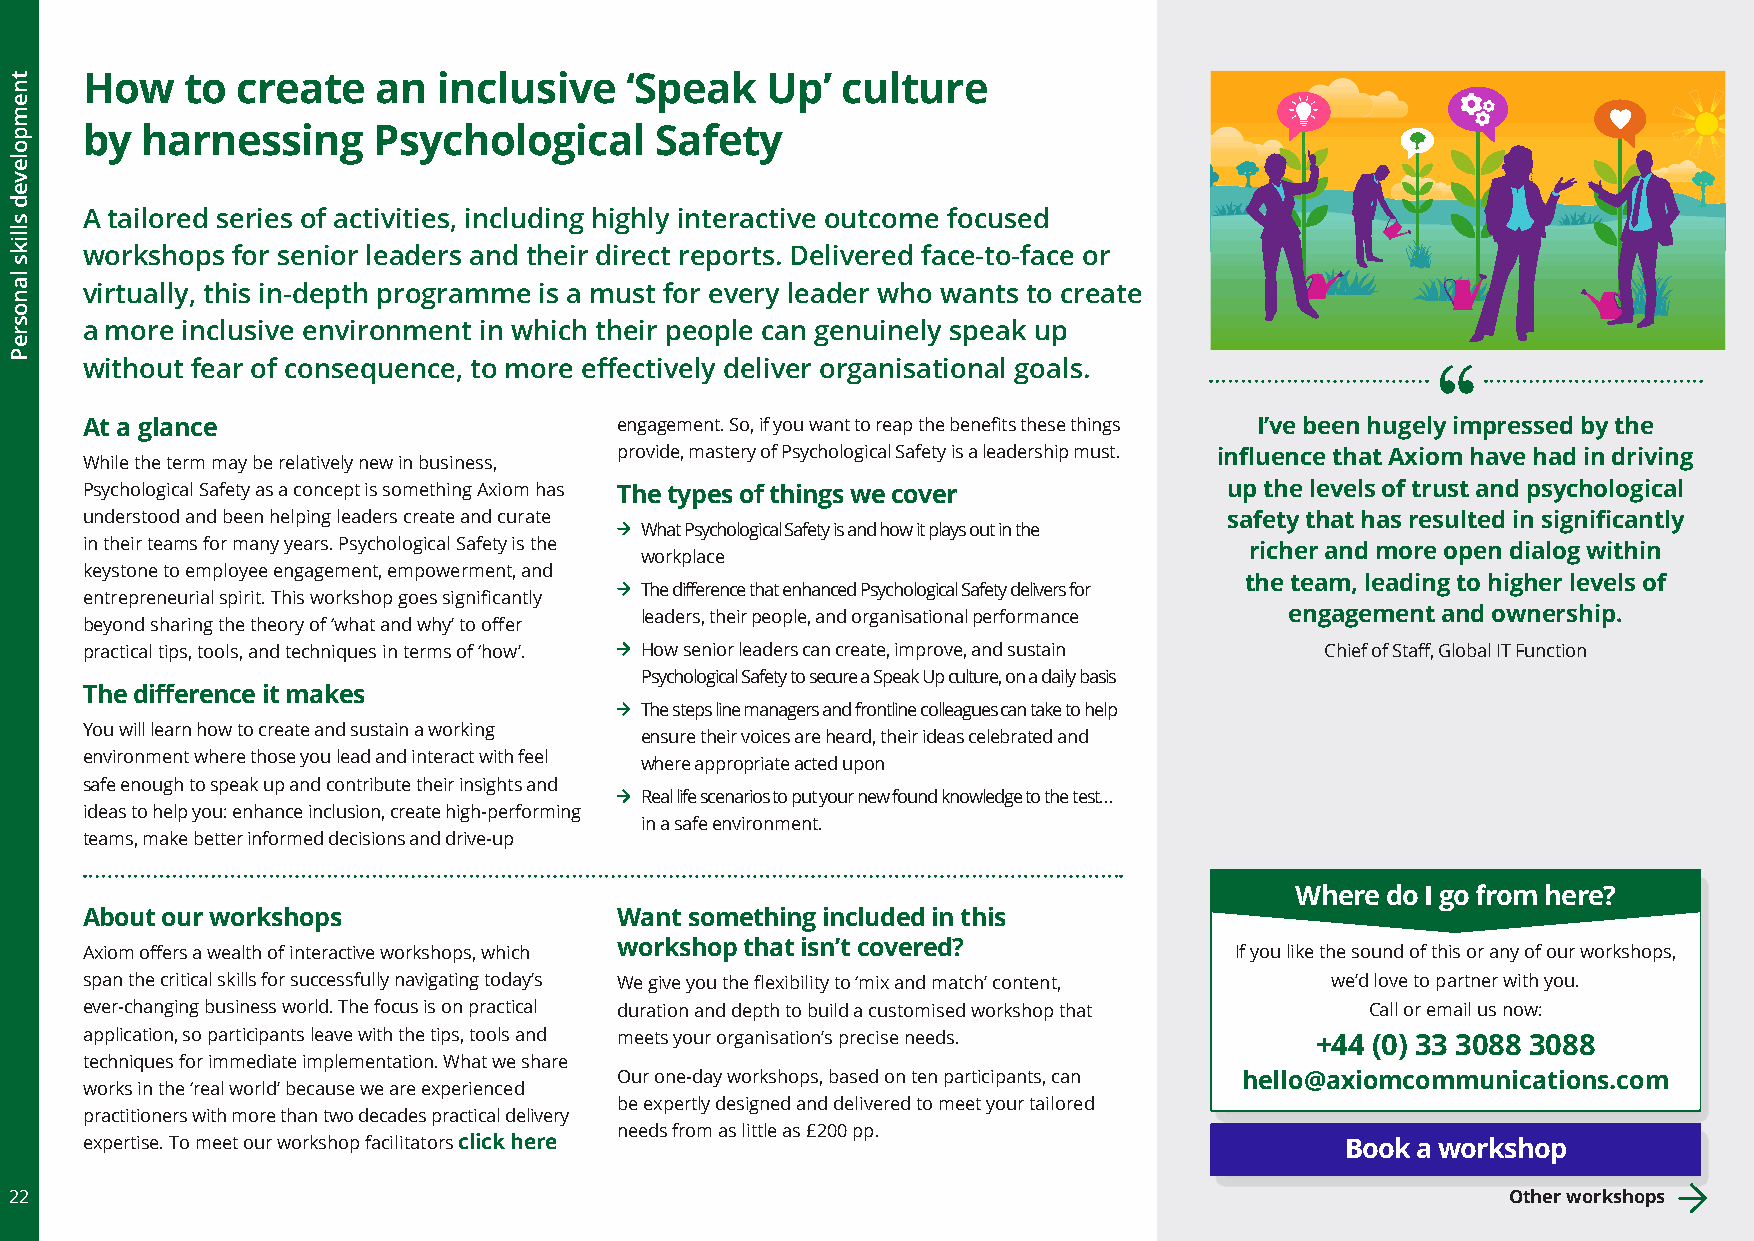
How    to  create   an  inclusive   ‘Speak    Up’  culture
 by  harnessing      Psychological     Safety
 A tailored series of activities, including highly interactive outcome focused
 workshops for senior leaders and their direct reports. Delivered face-to-face or
 virtually, this in-depth programme is a must for every leader who wants to create
 a more inclusive environment in which their people can genuinely speak up
 without fear of consequence, to more effectively deliver organisational goals.
 At a glance                         engagement. So, if you want to reap the benefits these things I’ve been hugely impressed by the
 provide, mastery of Psychological Safety is a leadership must. influence that Axiom have had in driving
 While the term may be relatively new in business,
 Psychological Safety as a concept is something Axiom has The types of things we cover up the levels of trust and psychological
 understood and been helping leaders create and curate                       safety that has resulted in significantly
 What Psychological Safety is and how it plays out in the
 in their teams for many years. Psychological Safety is the                    richer and more open dialog within
 workplace
 keystone to employee engagement, empowerment, and
 the team, leading to higher levels of
 The difference that enhanced Psychological Safety delivers for
 entrepreneurial spirit. This workshop goes significantly
 leaders, their people, and organisational performance engagement and ownership.
 beyond sharing the theory of ‘what and why’ to offer
 practical tips, tools, and techniques in terms of ‘how’. How senior leaders can create, improve, and sustain Chief of Staff, Global IT Function
 Psychological Safety to secure a Speak Up culture, on a daily basis
 The difference it makes
 The steps line managers and frontline colleagues can take to help
 You will learn how to create and sustain a working
 ensure their voices are heard, their ideas celebrated and
 environment where those you lead and interact with feel
 where appropriate acted upon
 safe enough to speak up and contribute their insights and
 Real life scenarios to put your new found knowledge to the test…
 ideas to help you: enhance inclusion, create high-performing
 in a safe environment.
 teams, make better informed decisions and drive-up
 Where do I go from here?
 About our workshops                 Want something included in this
 Axiom offers a wealth of interactive workshops, which workshop that isn’t covered? If you like the sound of this or any of our workshops,
 span the critical skills for successfully navigating today’s We give you the flexibility to ‘mix and match’ content, we’d love to partner with you.
 ever-changing business world. The focus is on practical duration and depth to build a customised workshop that Call or email us now:
 application, so participants leave with the tips, tools and meets your organisation’s precise needs. +44 (0) 33 3088 3088
 techniques for immediate implementation. What we share
 Our one-day workshops, based on ten participants, can hello@axiomcommunications.com
 works in the ‘real world’ because we are experienced
 be expertly designed and delivered to meet your tailored
 practitioners with more than two decades practical delivery
 needs from as little as £200 pp.
 expertise. To meet our workshop facilitators click here                             Book a workshop
 22                                                                                                 Other workshops
 tnempoleved
 slliks
 lanosreP